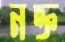
নক্ত